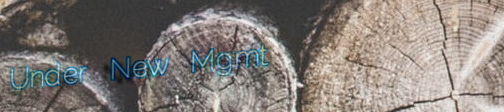
Under New Mgmt